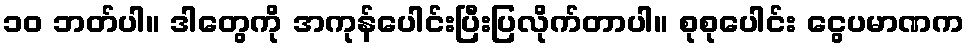
၁၀ ဘတ်ပါ။ ဒါတွေကို အကုန်ပေါင်းပြီးပြလိုက်တာပါ။ စုစုပေါင်း ငွေပမာဏက